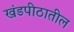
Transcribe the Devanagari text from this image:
खंडपीठातील